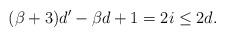
LaTeX: \begin{align*}(\beta+3)d' - \beta d + 1 = 2i \leq 2d.\end{align*}